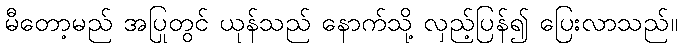
မီတော့မည် အပြုတွင် ယုန်သည် နောက်သို့ လှည့်ပြန်၍ ပြေးလာသည်။